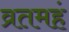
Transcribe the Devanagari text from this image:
व्रतमहं